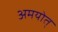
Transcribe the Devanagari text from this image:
अमयोत्